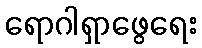
ရောဂါရှာဖွေရေး